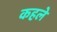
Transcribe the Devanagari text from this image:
कहले